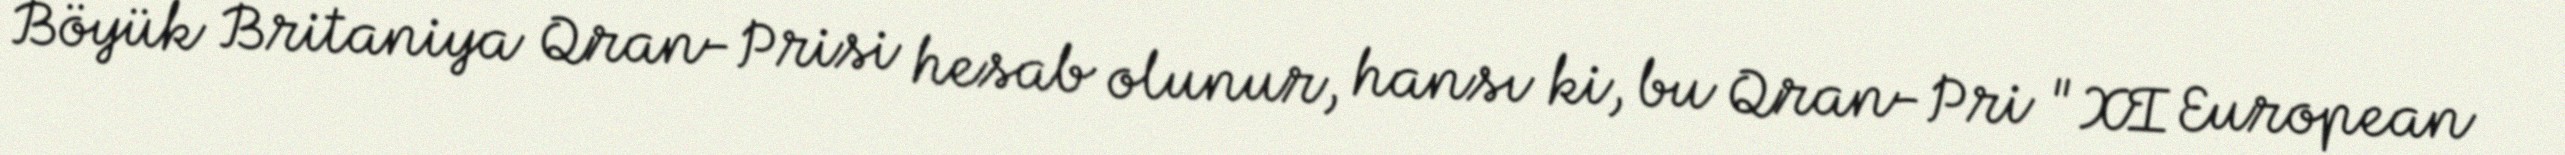
Böyük Britaniya Qran-Prisi hesab olunur, hansı ki, bu Qran-Pri "XI European